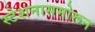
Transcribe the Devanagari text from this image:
स्टेशनासमोरून